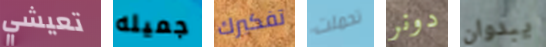
تعيشي جميله تفكيرك تحملت دونر يبدوان